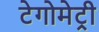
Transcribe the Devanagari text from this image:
टेगोमेट्री